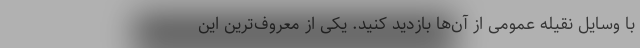
با وسایل نقیله عمومی از آن‌ها بازدید کنید. یکی از معروف‌ترین این